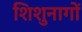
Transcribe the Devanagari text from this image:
शिशुनागों